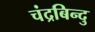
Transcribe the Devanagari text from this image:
चंद्रबिन्दु